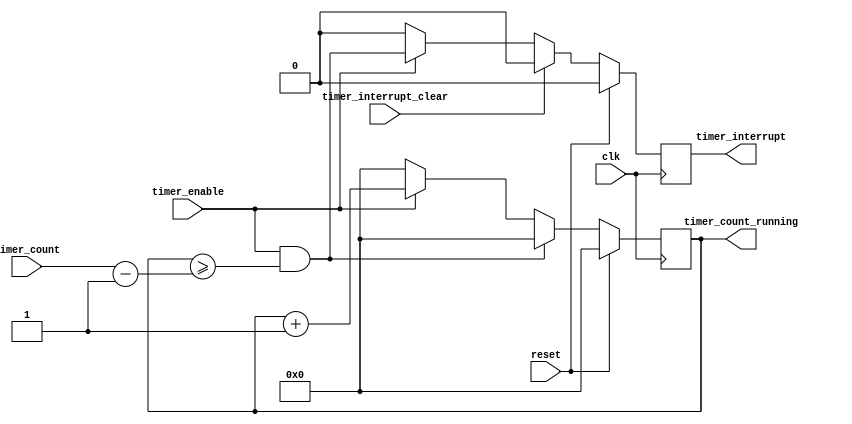
module timer(/*AUTOARG*/
   // Outputs
   timer_interrupt, timer_count_running,
   // Inputs
   clk, reset, timer_count, timer_enable, timer_interrupt_clear
   );
   
   input        clk;
   input        reset;
   input [31:0] timer_count;
   input        timer_enable;
   input        timer_interrupt_clear;
   
   output       timer_interrupt;
   output [31:0] timer_count_running;

   /*AUTOWIRE*/
   /*AUTOREG*/
   // Beginning of automatic regs (for this module's undeclared outputs)
   reg [31:0]           timer_count_running;
   reg                  timer_interrupt;
   // End of automatics
   

   //
   // timer_count_done goes high if we have a running count that is greater
   // or equal to the specified count and we are enabled.
   //
   wire         timer_count_done = timer_enable & (timer_count_running >= (timer_count-1));

   //
   // On every clock edge, if we are done, reset the counter, because we have reached
   // the specified count.
   // If we are not done, but we are enabled, we are counting and witing until we are done
   //
   always @(posedge clk) 
      if (reset) begin
         timer_count_running <= 16'b0;      
      end else if (timer_count_done) begin
         timer_count_running <= 16'b0;      
      end else if (timer_enable) begin
         timer_count_running <= timer_count_running +1;
      end else begin
         timer_count_running <= 16'b0;      
      end
   
   //
   // If the system indicated clear the interrupt, clear it.
   // else if we are enabled and the timer_count is done, assert the interrupt.
   // else if neither, keep the interrupt low since it is not time yet.
   //
   always @(posedge clk)
     if (reset) begin
        timer_interrupt <= 1'b0;        
     end else if (timer_interrupt_clear) begin
        timer_interrupt <= 1'b0;           
     end else if (timer_enable) begin
        timer_interrupt <= timer_count_done;           
     end else begin
        timer_interrupt <= 1'b0;
     end                         
   
endmodule